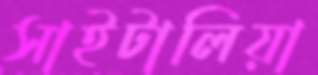
সাইটালিয়া